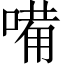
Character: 𠻋